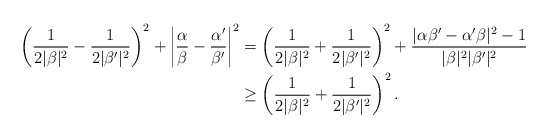
\begin{align*}\left( \frac{1}{2|\beta|^2} - \frac{1}{2|\beta'|^2} \right)^2 + \left| \frac{\alpha}{\beta} - \frac{\alpha'}{\beta'} \right|^2 &= \left( \frac{1}{2|\beta|^2} + \frac{1}{2|\beta'|^2} \right)^2 + \frac{| \alpha \beta' - \alpha' \beta |^2 -1}{|\beta|^2 |\beta'|^2} \\&\ge \left( \frac{1}{2|\beta|^2} + \frac{1}{2|\beta'|^2} \right)^2.\end{align*}